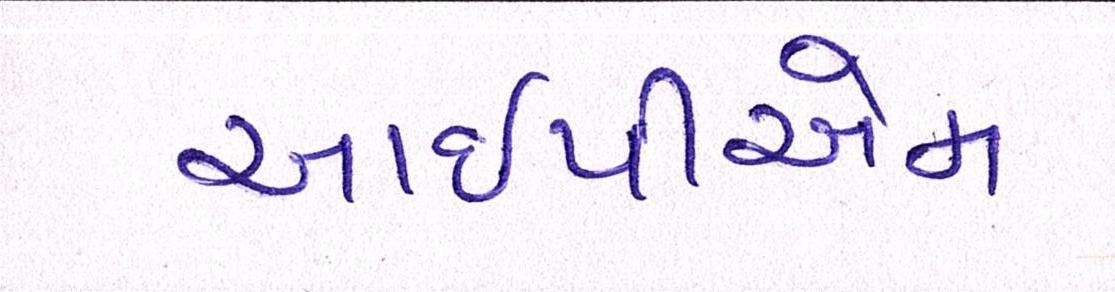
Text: આઇપીએમ